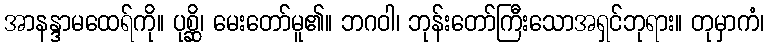
အာနန္ဒာမထေရ်ကို။ ပုစ္ဆိ၊ မေးတော်မူ၏။ ဘဂဝါ၊ ဘုန်းတော်ကြီးသောအရှင်ဘုရား။ တုမှာကံ၊